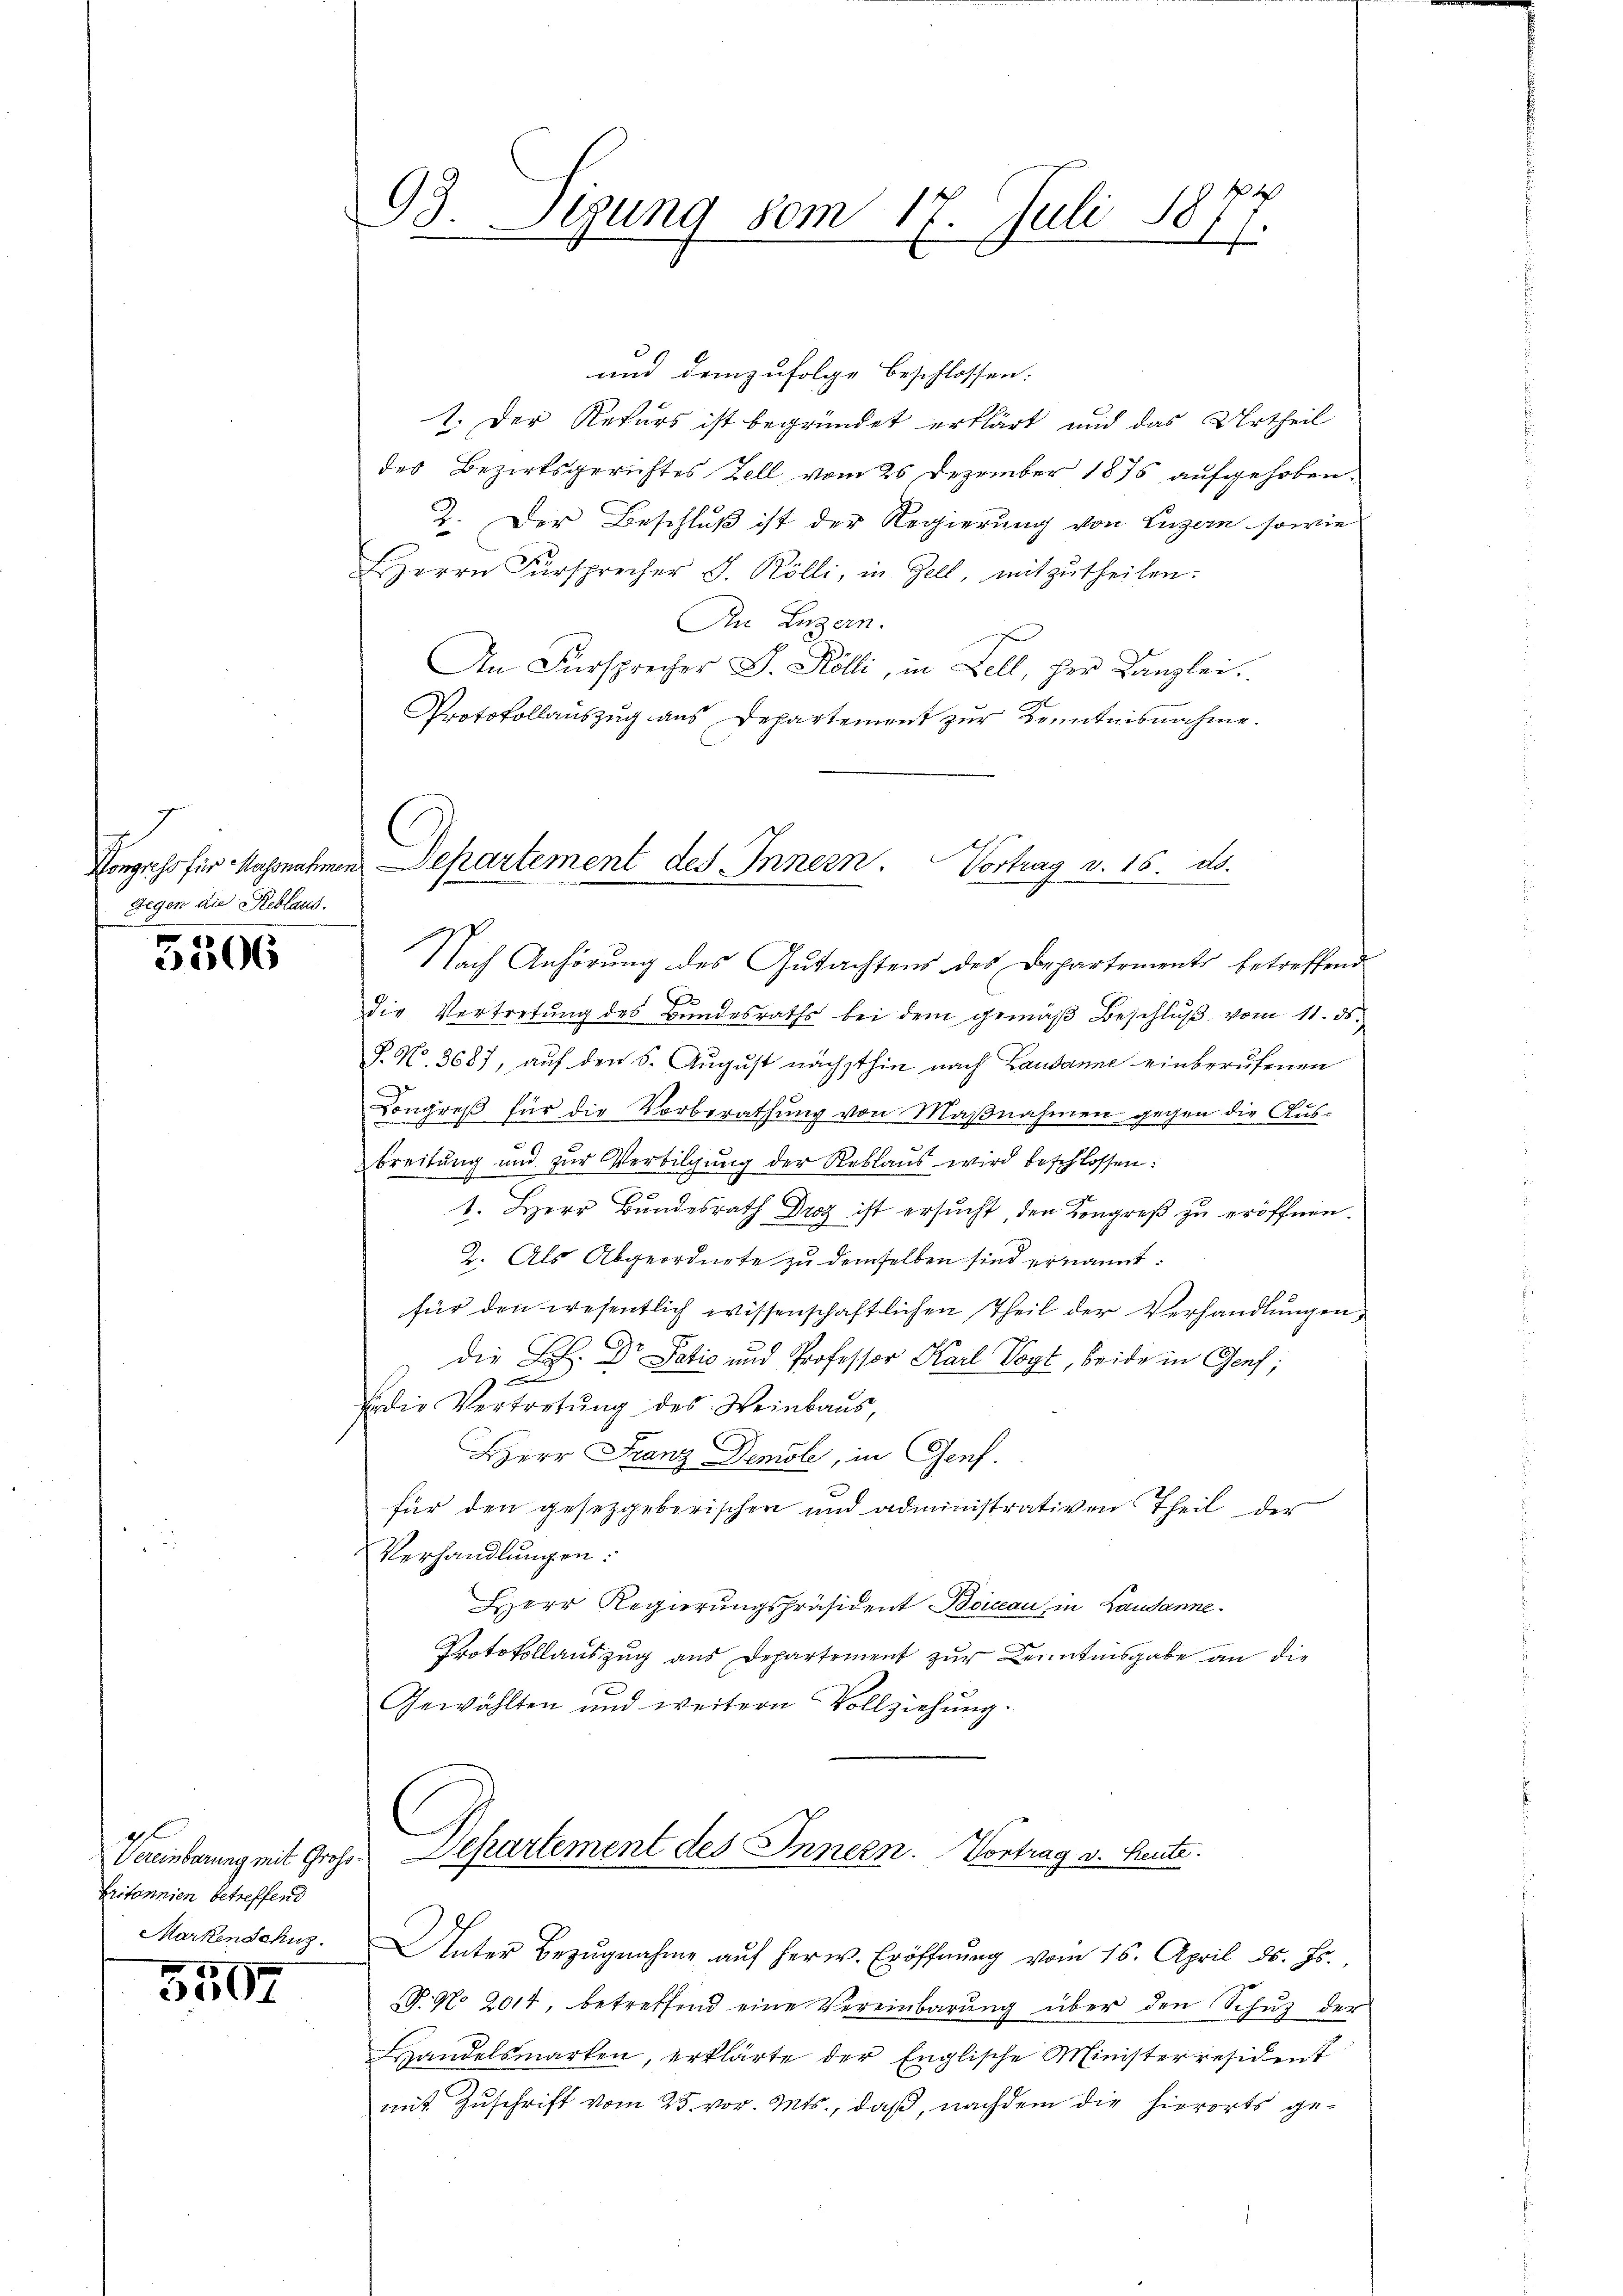
Gegen die Reblaus.

5506

gl
Gritannien betreffend
Markenschuz.

3507

18
93. Seung vom 17. Juli
1

und demzufolge beschlossen:
1. Der Rekurs ist begründet erklärt und das Urtheil
des Bezirksgerichtes Zell vom 25 Dezember 1875 aufgehoben.
2. Der Beschluß ist der Regierung von Luzern sowie
Herrn Fürsprecher J. Kölli, in Zell, mitzŭtheilen:
An Luzern.
An Fürsprecher G. Kölli, in Bell, her Kanzlei.
Protokollauszug aus Departement zur Kenntnisnahme.

Nach Anhörung des Gutachtens des Departements betreffend
die Vertretung des Bundesraths bei dem gemäß Beschluß vom 11. ds.
P. N. 3687, auf den S. August nächsthin nach Laudanne einberufenen
Congreß für die Vorberathung von Maßnahmen gegen die Ausbreitŭng und zŭr Verbilgŭng der Reblaŭs wird beschlossen:
1. Herr Bundesrath Droz ist ersŭcht, den Kongreß zu eröffnen.
2. Als Abgeordnete zu demselben sind ernannt:
für den wesentlich wissenschaftlichen Theil der Verhandlungen,
die Los. Dr Patic und Professor Karl Vogt, beide in Genf;
Edie Vertretung des Weinbaus,
HHerr Franz Demole, in Genf.
für den gesetzgeborischen und administrativen Theil der
Verhandlungen:
Herr Regierungspräsident Boikau in Lausanne
Protokollauszug aus Departement zur Kenntnisgabe an die
Gewählten und weitern Vollziehung.

Vongehofir Nahrnehmen Departement des Innern. Vortrag v. 15. ds.

Vereinbarung mit Groß. Departement des Innern. Vortrag v. Heute.

Unter Bezŭgnahme aŭf herw. Eröffnŭng vom 16. April d. Js.,
8. No 2014, betreffend eine Vereinbarŭng über den Schŭz der
Handelsmarken, erklärte der Englische Ministerresident
mit Zuschrift vom 25. vor. Mts., daß, nachdem die hierorts ge¬